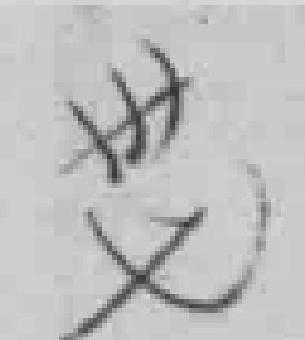
卅七